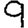
Digit: 9